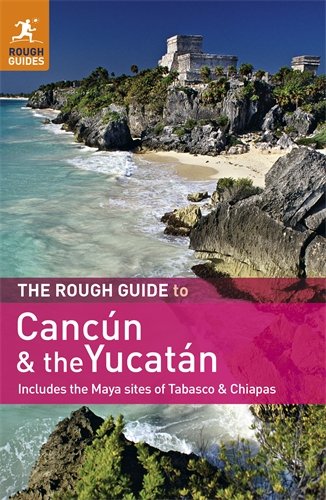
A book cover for The Rough Guide to Cancun and the Yucatan: Includes the Maya Sites of Tabasco & Chiapas; Zora O'Neill; Travel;